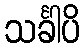
သင်္ခါပိ